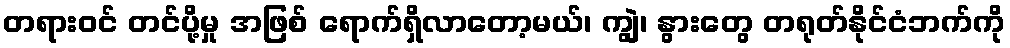
တရားဝင် တင်ပို့မှု အဖြစ် ရောက်ရှိလာတော့မယ်၊ ကျွဲ၊ နွားတွေ တရုတ်နိုင်ငံဘက်ကို